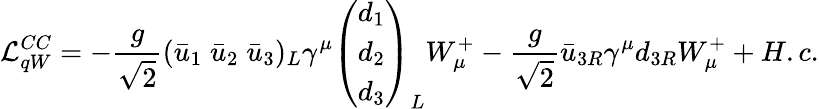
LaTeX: {\cal L}_{qW}^{CC}=-\frac{g}{\sqrt 2}(\bar{u}_{1}\; \bar{u}_{2}\; \bar{u}_{3})_{L}\gamma^{\mu}\left(\begin{array}{c}{{d_{1}}}\\ {{d_{2}}}\\ {{d_{3}}}\end{array}\right)_{L}W_{\mu}^{+}-\frac{g}{\sqrt 2}\bar{u}_{3R}\gamma^{\mu}d_{3R}W_{\mu}^{+}+H.c.